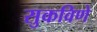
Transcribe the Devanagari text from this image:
सुकविणे